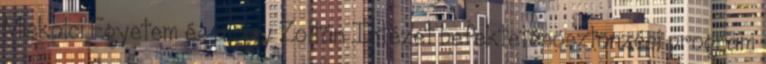
Miskolci Egyetem és a Bay Zoltán Intézet befektetésösztönzési program